65_HS1-834228961_62-HQ-83894_Section_5
Agency: FBI
Page 80
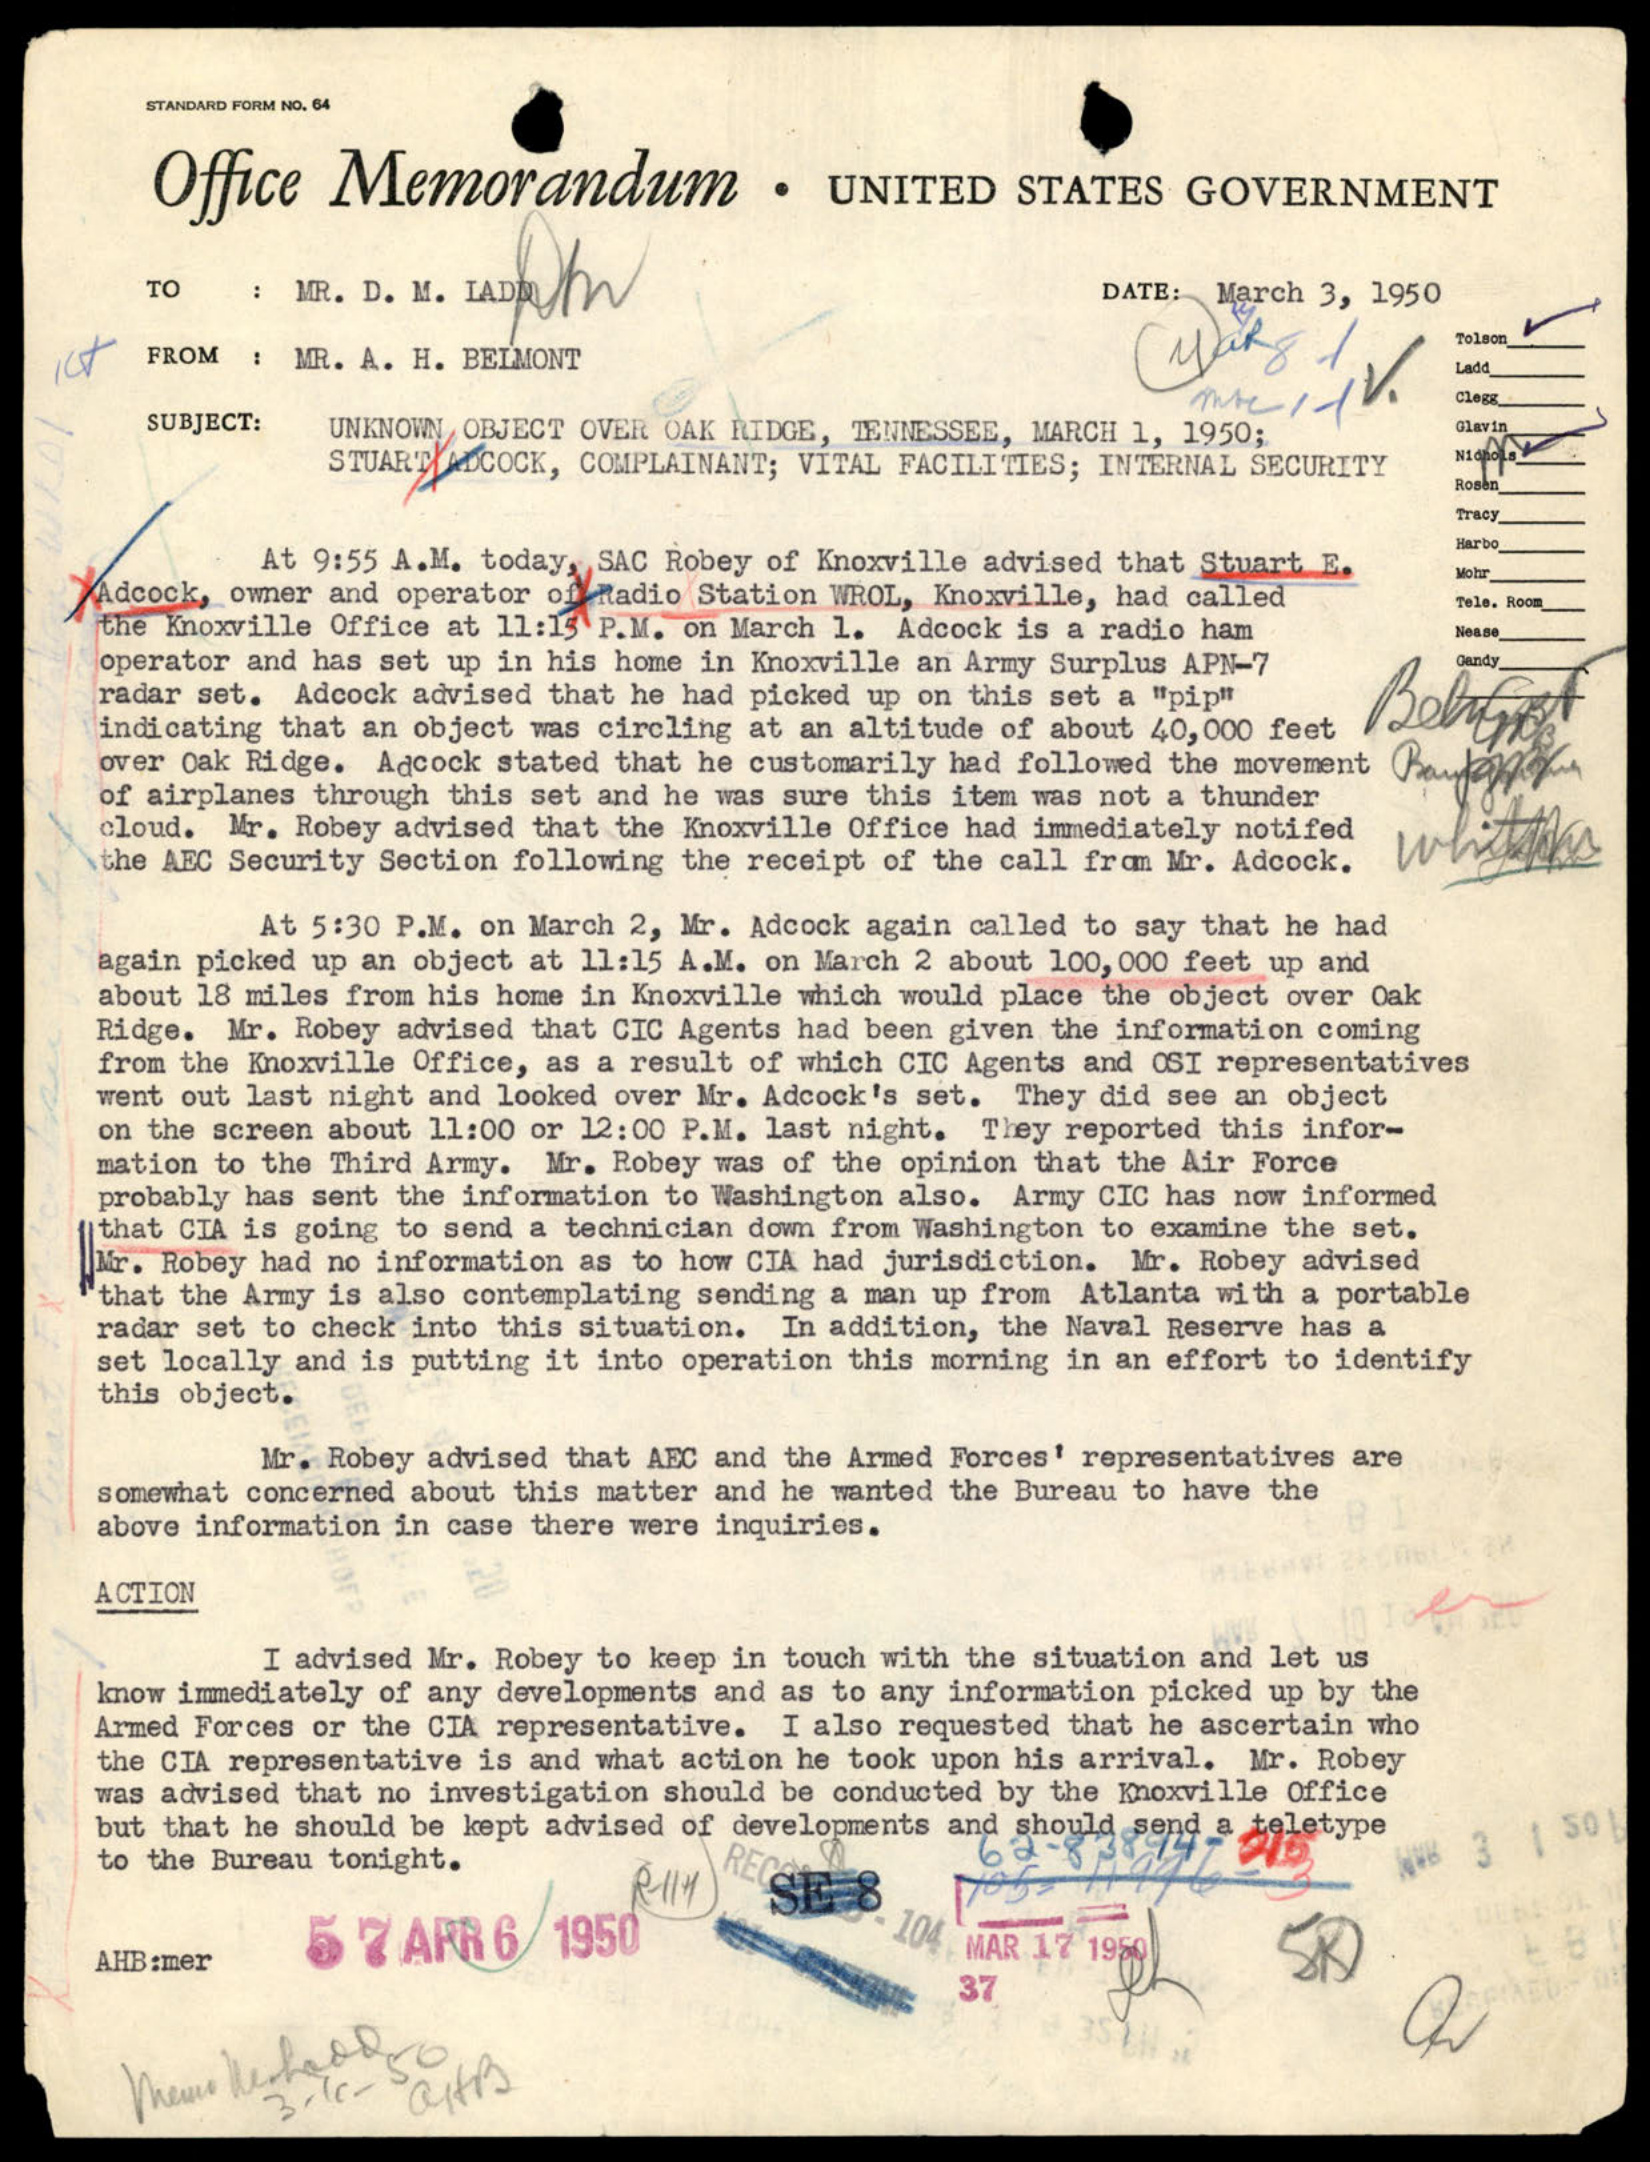